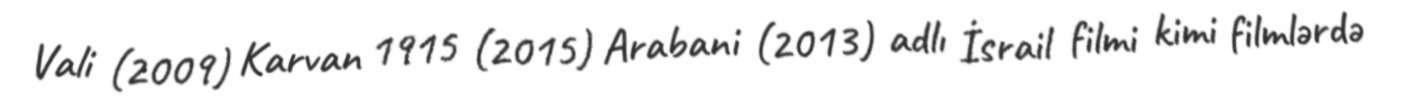
Vali (2009) Karvan 1915 (2015) Arabani (2013) adlı İsrail filmi kimi filmlərdə